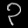
Digit: ၃